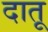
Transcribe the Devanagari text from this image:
दातू